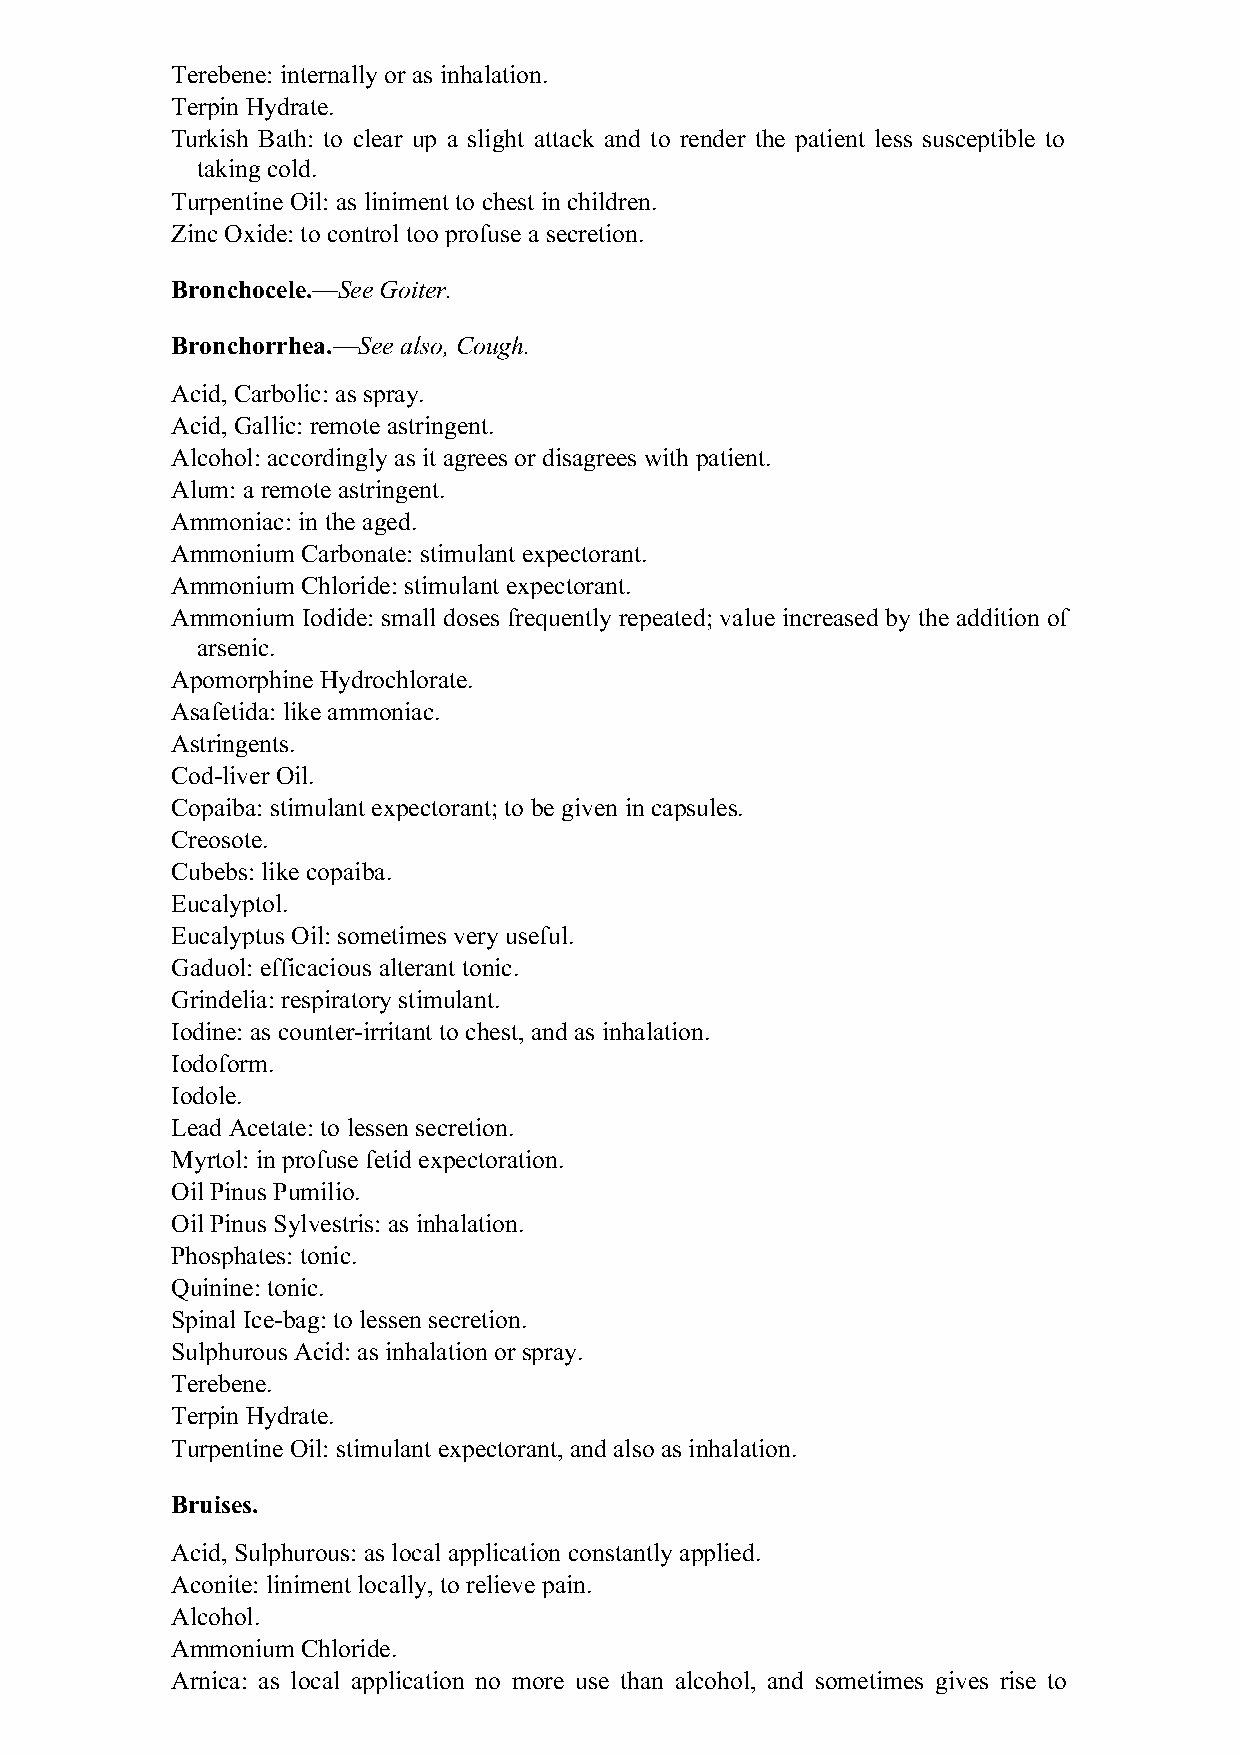
Terebene: internally or as inhalation.
 Terpin Hydrate.
 Turkish Bath: to clear up a slight attack and to render the patient less susceptible to
 taking cold.
 Turpentine Oil: as liniment to chest in children.
 Zinc Oxide: to control too profuse a secretion.
 Bronchocele.—See Goiter.
 Bronchorrhea.—See also, Cough.
 Acid, Carbolic: as spray.
 Acid, Gallic: remote astringent.
 Alcohol: accordingly as it agrees or disagrees with patient.
 Alum: a remote astringent.
 Ammoniac: in the aged.
 Ammonium Carbonate: stimulant expectorant.
 Ammonium Chloride: stimulant expectorant.
 Ammonium Iodide: small doses frequently repeated; value increased by the addition of
 arsenic.
 Apomorphine Hydrochlorate.
 Asafetida: like ammoniac.
 Astringents.
 Cod-liver Oil.
 Copaiba: stimulant expectorant; to be given in capsules.
 Creosote.
 Cubebs: like copaiba.
 Eucalyptol.
 Eucalyptus Oil: sometimes very useful.
 Gaduol: efficacious alterant tonic.
 Grindelia: respiratory stimulant.
 Iodine: as counter-irritant to chest, and as inhalation.
 Iodoform.
 Iodole.
 Lead Acetate: to lessen secretion.
 Myrtol: in profuse fetid expectoration.
 Oil Pinus Pumilio.
 Oil Pinus Sylvestris: as inhalation.
 Phosphates: tonic.
 Quinine: tonic.
 Spinal Ice-bag: to lessen secretion.
 Sulphurous Acid: as inhalation or spray.
 Terebene.
 Terpin Hydrate.
 Turpentine Oil: stimulant expectorant, and also as inhalation.
 Bruises.
 Acid, Sulphurous: as local application constantly applied.
 Aconite: liniment locally, to relieve pain.
 Alcohol.
 Ammonium Chloride.
 Arnica: as local application no more use than alcohol, and sometimes gives rise to